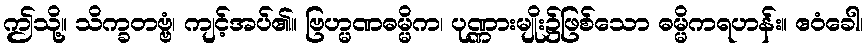
ဤသို့။ သိက္ခတဗ္ဗံ၊ ကျင့်အပ်၏။ ဗြဟ္မဏဓမ္မိက၊ ပုဏ္ဏားမျိုး၌ဖြစ်သော ဓမ္မိကရဟန်း။ ဧဝံခေါ၊